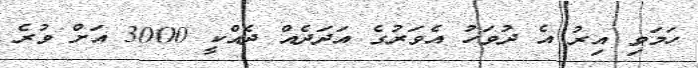
ހަމަވި އިރު އެ ދުވަހު އެވަރުގެ އަދަދެއް ދެއްކީ 3000 އަށް ވުރެ